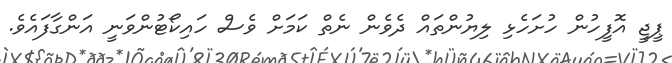
ޕީޖީ އޮފީހުން ހުށަހެޅި ލިޔުންތައް ދެވެން ނެތް ކަމަށް ވެސް ހައިކޯޓުންވަނީ އަންގާފައެވެ.